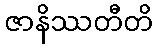
ဇာနိဿတီတိ